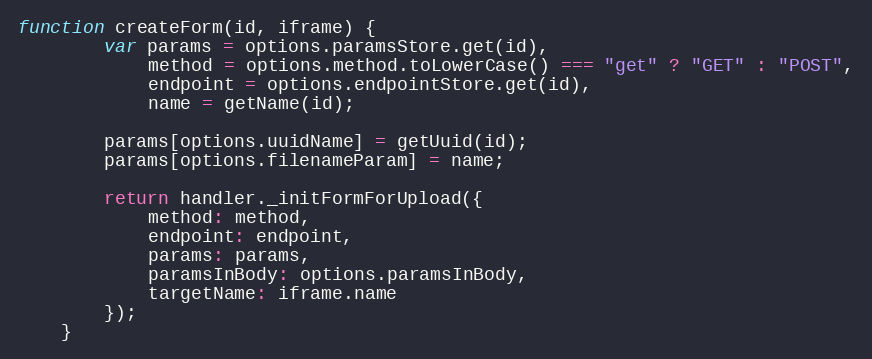
Language: JavaScript
function createForm(id, iframe) {
        var params = options.paramsStore.get(id),
            method = options.method.toLowerCase() === "get" ? "GET" : "POST",
            endpoint = options.endpointStore.get(id),
            name = getName(id);

        params[options.uuidName] = getUuid(id);
        params[options.filenameParam] = name;

        return handler._initFormForUpload({
            method: method,
            endpoint: endpoint,
            params: params,
            paramsInBody: options.paramsInBody,
            targetName: iframe.name
        });
    }